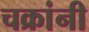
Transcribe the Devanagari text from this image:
चक्रांनी